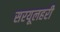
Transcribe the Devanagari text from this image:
सरयूलहरी